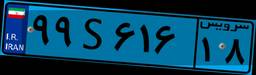
۹۹S۶۱۶۱۸